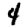
Digit: 4